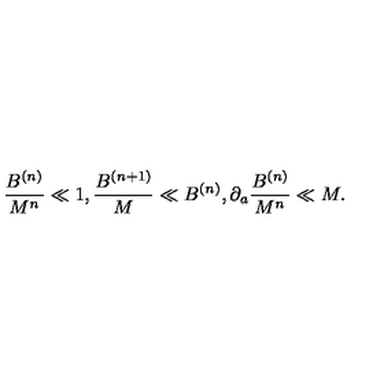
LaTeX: \frac { B ^ { ( n ) } } { M ^ { n } } \ll 1 , \frac { B ^ { ( n + 1 ) } } { M } \ll B ^ { ( n ) } , \partial _ { a } \frac { B ^ { ( n ) } } { M ^ { n } } \ll M .